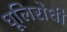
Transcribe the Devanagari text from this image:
धूलिरोधी